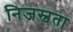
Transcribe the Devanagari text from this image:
निजस्वता